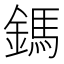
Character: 鎷